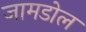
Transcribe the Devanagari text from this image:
जामडोल